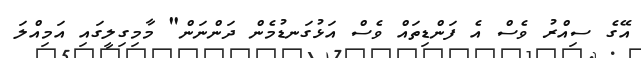
އޭގެ ސިއްރު ވެސް އެ ފަންޑިތައް ވެސް އަޅުގަނޑުމެން ދަންނަން" މާމިގިލީގައި އަމިއްލަ